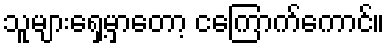
သူများရှေ့မှာတော့ ငကြောက်ကောင်။